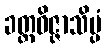
ခတ္တဝိဇ္ဇာသိပ္ပံ